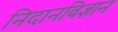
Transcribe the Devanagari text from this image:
निदानविज्ञान